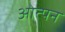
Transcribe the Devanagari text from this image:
ओत्पन